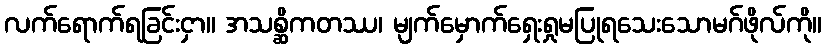
လက်ရောက်ရခြင်းငှာ။ အသစ္ဆိကတဿ၊ မျက်မှောက်ရှေးရှုမပြုရသေးသောမဂ်ဖိုလ်ကို။